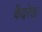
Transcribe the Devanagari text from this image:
केंद्ररेखा